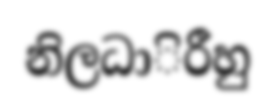
නිලධාිරීහු